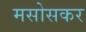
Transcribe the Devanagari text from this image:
मसोसकर